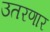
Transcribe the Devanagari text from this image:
उतरणार